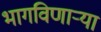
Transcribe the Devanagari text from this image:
भागविणाऱ्या